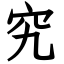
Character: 究